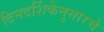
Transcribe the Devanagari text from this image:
दिनदर्शिकेनुसारचे